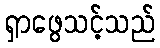
ရှာဖွေသင့်သည်